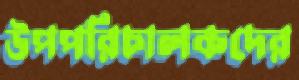
উপপরিচালকদের